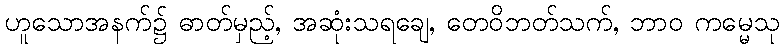
ဟူသောအနက်၌ ဓာတ်မှည့်, အဆုံးသရချေ, တေဝိဘတ်သက်, ဘာဝ ကမ္မေသု